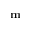
\mathbf { m }